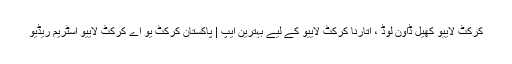
کرکٹ لايیو کھیل ڈاون لوڈ ، اتارنا کرکٹ لايیو کے ليے بہترین ایپ | پاکستان کرکٹ یو اے کرکٹ لايیو اسٹریم ریڈیو